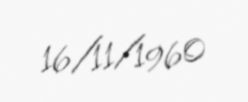
16/11/1960